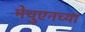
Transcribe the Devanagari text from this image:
मेथुएनच्या